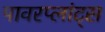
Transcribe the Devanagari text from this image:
पावरप्लांट्स